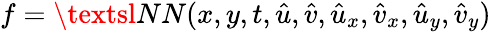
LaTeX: f=\textsl{NN}(x,y,t,\hat{u},\hat{v},\hat{u}_{x},\hat{v}_{x},\hat{u}_{y},\hat{v}_{y})